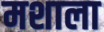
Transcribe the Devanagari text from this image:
मशाला